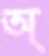
অ্